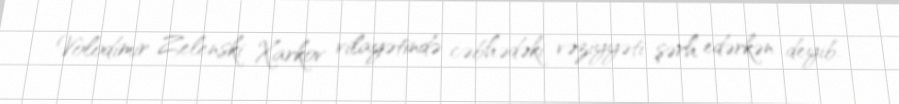
Volodimir Zelenski Xarkov vilayətində cəbhədəki vəziyyəti şərh edərkən deyib.